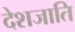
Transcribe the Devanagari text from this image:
देशजाति